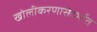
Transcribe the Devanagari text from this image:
खोलीकरणासंदर्भात